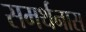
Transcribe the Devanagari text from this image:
समर्थनास